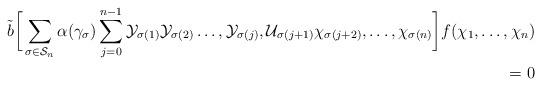
LaTeX: \begin{align*} \tilde{b} \bigg[\sum\limits_{\sigma\in \mathcal{S}_n}\alpha(\gamma_{\sigma})\sum\limits_{j=0}^{n-1}\mathcal{Y}_{\sigma(1)}\mathcal{Y}_{\sigma(2)}\ldots, \mathcal{Y}_{\sigma(j)},\mathcal{U}_{\sigma(j+1)}\chi_{\sigma(j+2)},\ldots,\chi_{\sigma(n)}\bigg] f(\chi_1,\ldots,\chi_n) \\ =0 \end{align*}